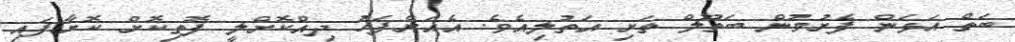
ބަތް އަޅަން ފެށުމުން ބަތޫލްް ތަށި އަތުލިއެވެ. އެއަށްފަހު ދިއްކޮށްލީ ފޮތިކޮށް ކޮށާފައި